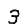
Digit: 3